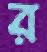
র